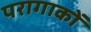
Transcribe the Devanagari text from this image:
परागाकों